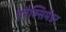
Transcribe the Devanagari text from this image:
एनैक्सिमेंडर